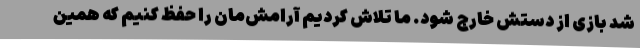
شد بازی از دستش خارج شود. ما تلاش کردیم آرامش‌مان را حفظ کنیم که همین